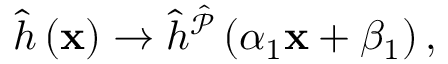
\hat { h } \left( \mathbf { x } \right) \to \hat { h } ^ { \hat { \mathcal { P } } } \left( \alpha _ { 1 } \mathbf { x } + \beta _ { 1 } \right) ,